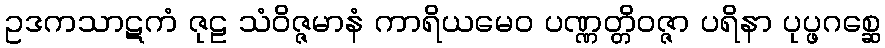
ဥဒကသာဋကံ ဇုဠ သံဝိဇ္ဇမာနံ ကာရိယမေဝ ပဏ္ဏတ္တိဝဇ္ဇာ ပရိနာ ပုပ္ဖဂစ္ဆေ